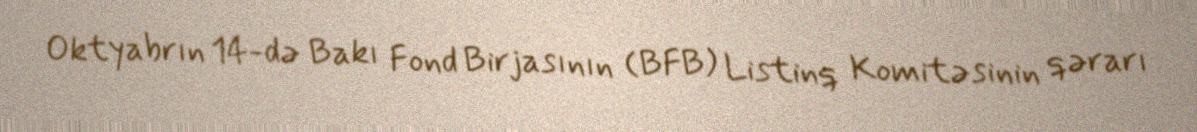
Oktyabrın 14-də Bakı Fond Birjasının (BFB) Listinq Komitəsinin qərarı